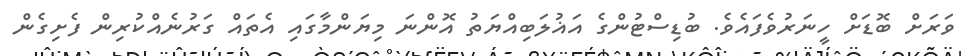
ވަރަށް ބޮޑަށް ހީނަރުވެފައެވެ. ބުޑިސްޓުންގެ އަޣުލަބިއްޔަތު އޮންނަ މިޔަންމާގައި އެތައް ގަރުނެއްކުރިން ފެށިގެން